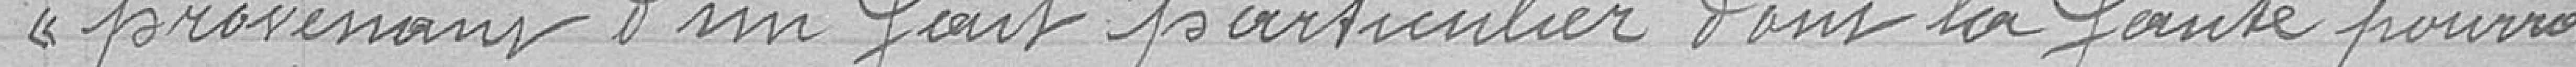
provenant d'un fait particulier dont la faute pourra